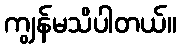
ကျွန်မသိပါတယ်။